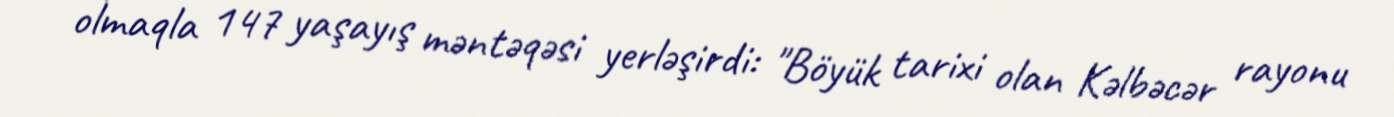
olmaqla 147 yaşayış məntəqəsi yerləşirdi: "Böyük tarixi olan Kəlbəcər rayonu